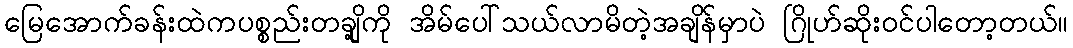
မြေအောက်ခန်းထဲကပစ္စည်းတချို့ကို အိမ်ပေါ်သယ်လာမိတဲ့အချိန်မှာပဲ ဂြိုဟ်ဆိုးဝင်ပါတော့တယ်။